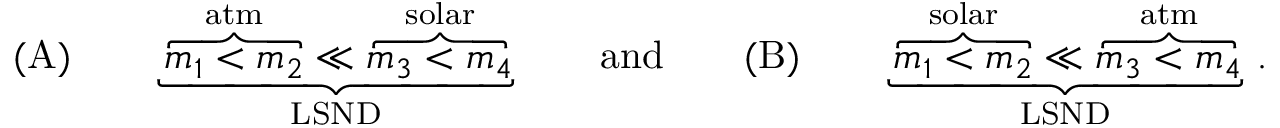
\mathrm { ( A ) } \qquad \underbrace { \overbrace { m _ { 1 } < m _ { 2 } } ^ { \mathrm { a t m } } \ll \overbrace { m _ { 3 } < m _ { 4 } } ^ { \mathrm { s o l a r } } } _ { \mathrm { L S N D } } \qquad \mathrm { a n d } \qquad \mathrm { ( B ) } \qquad \underbrace { \overbrace { m _ { 1 } < m _ { 2 } } ^ { \mathrm { s o l a r } } \ll \overbrace { m _ { 3 } < m _ { 4 } } ^ { \mathrm { a t m } } } _ { \mathrm { L S N D } } \, .